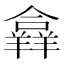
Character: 𦏐